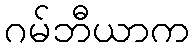
ဂမ်ဘီယာက